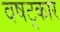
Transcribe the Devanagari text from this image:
वषट्कार